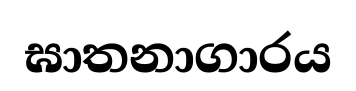
ඝාතනාගාරය